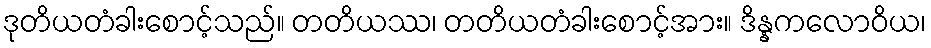
ဒုတိယတံခါးစောင့်သည်။ တတိယဿ၊ တတိယတံခါးစောင့်အား။ ဒိန္နကလောဝိယ၊